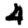
Digit: 4